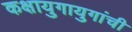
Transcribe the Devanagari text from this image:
कक्षायुगायुगांची